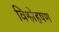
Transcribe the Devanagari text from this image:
विश्लेहषण